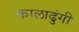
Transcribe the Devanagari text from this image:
कालाढुंगी